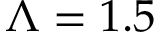
\Lambda = 1 . 5